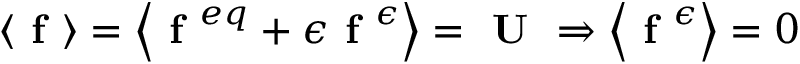
\left\langle \textbf { f } \right\rangle = \left\langle \textbf { f } ^ { e q } + \epsilon \textbf { f } ^ { \epsilon } \right\rangle = \textbf { U } \Rightarrow \left\langle \textbf { f } ^ { \epsilon } \right\rangle = 0